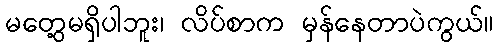
မတွေ့မရှိပါဘူး၊ လိပ်စာက မှန်နေတာပဲကွယ်။